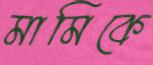
মামিকে